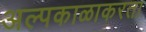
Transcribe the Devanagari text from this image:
अल्पकाळाकरता